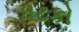
ધટકો